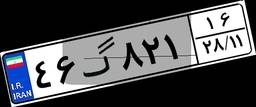
۵۹گ۱۹۲۲۲